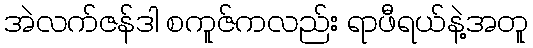
အဲလက်ဇန်ဒါ စကူဇ်ကလည်း ရာဖီရယ်နဲ့အတူ